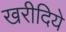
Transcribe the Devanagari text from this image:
खरीदिये